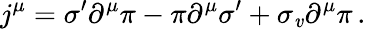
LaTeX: j^{\mu}=\sigma^{\prime}\partial^{\mu}\pi-\pi\partial^{\mu}\sigma^{\prime}+\sigma_{\mathit{v}}\partial^{\mu}\pi\, .